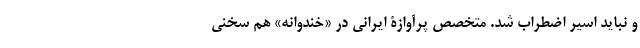
و نباید اسیر اضطراب شد. متخصص پرآوازۀ ایرانی در «خندوانه» هم سخنی